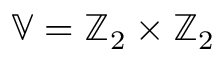
\mathbb { V } = \mathbb { Z } _ { 2 } \times \mathbb { Z } _ { 2 }